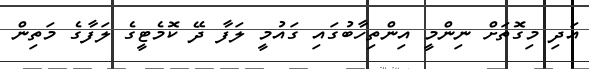
އަދި މިގޮތަށް ނިންމީ އިންތިހާބުގައި ގައުމީ ލަފާ ދޭ ކޮމެޓީގެ ލަފާގެ މަތިން